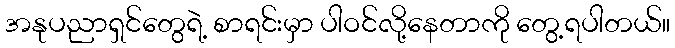
အနုပညာရှင်တွေရဲ့ စာရင်းမှာ ပါဝင်လို့နေတာကို တွေ့ရပါတယ်။